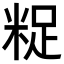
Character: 𮇟